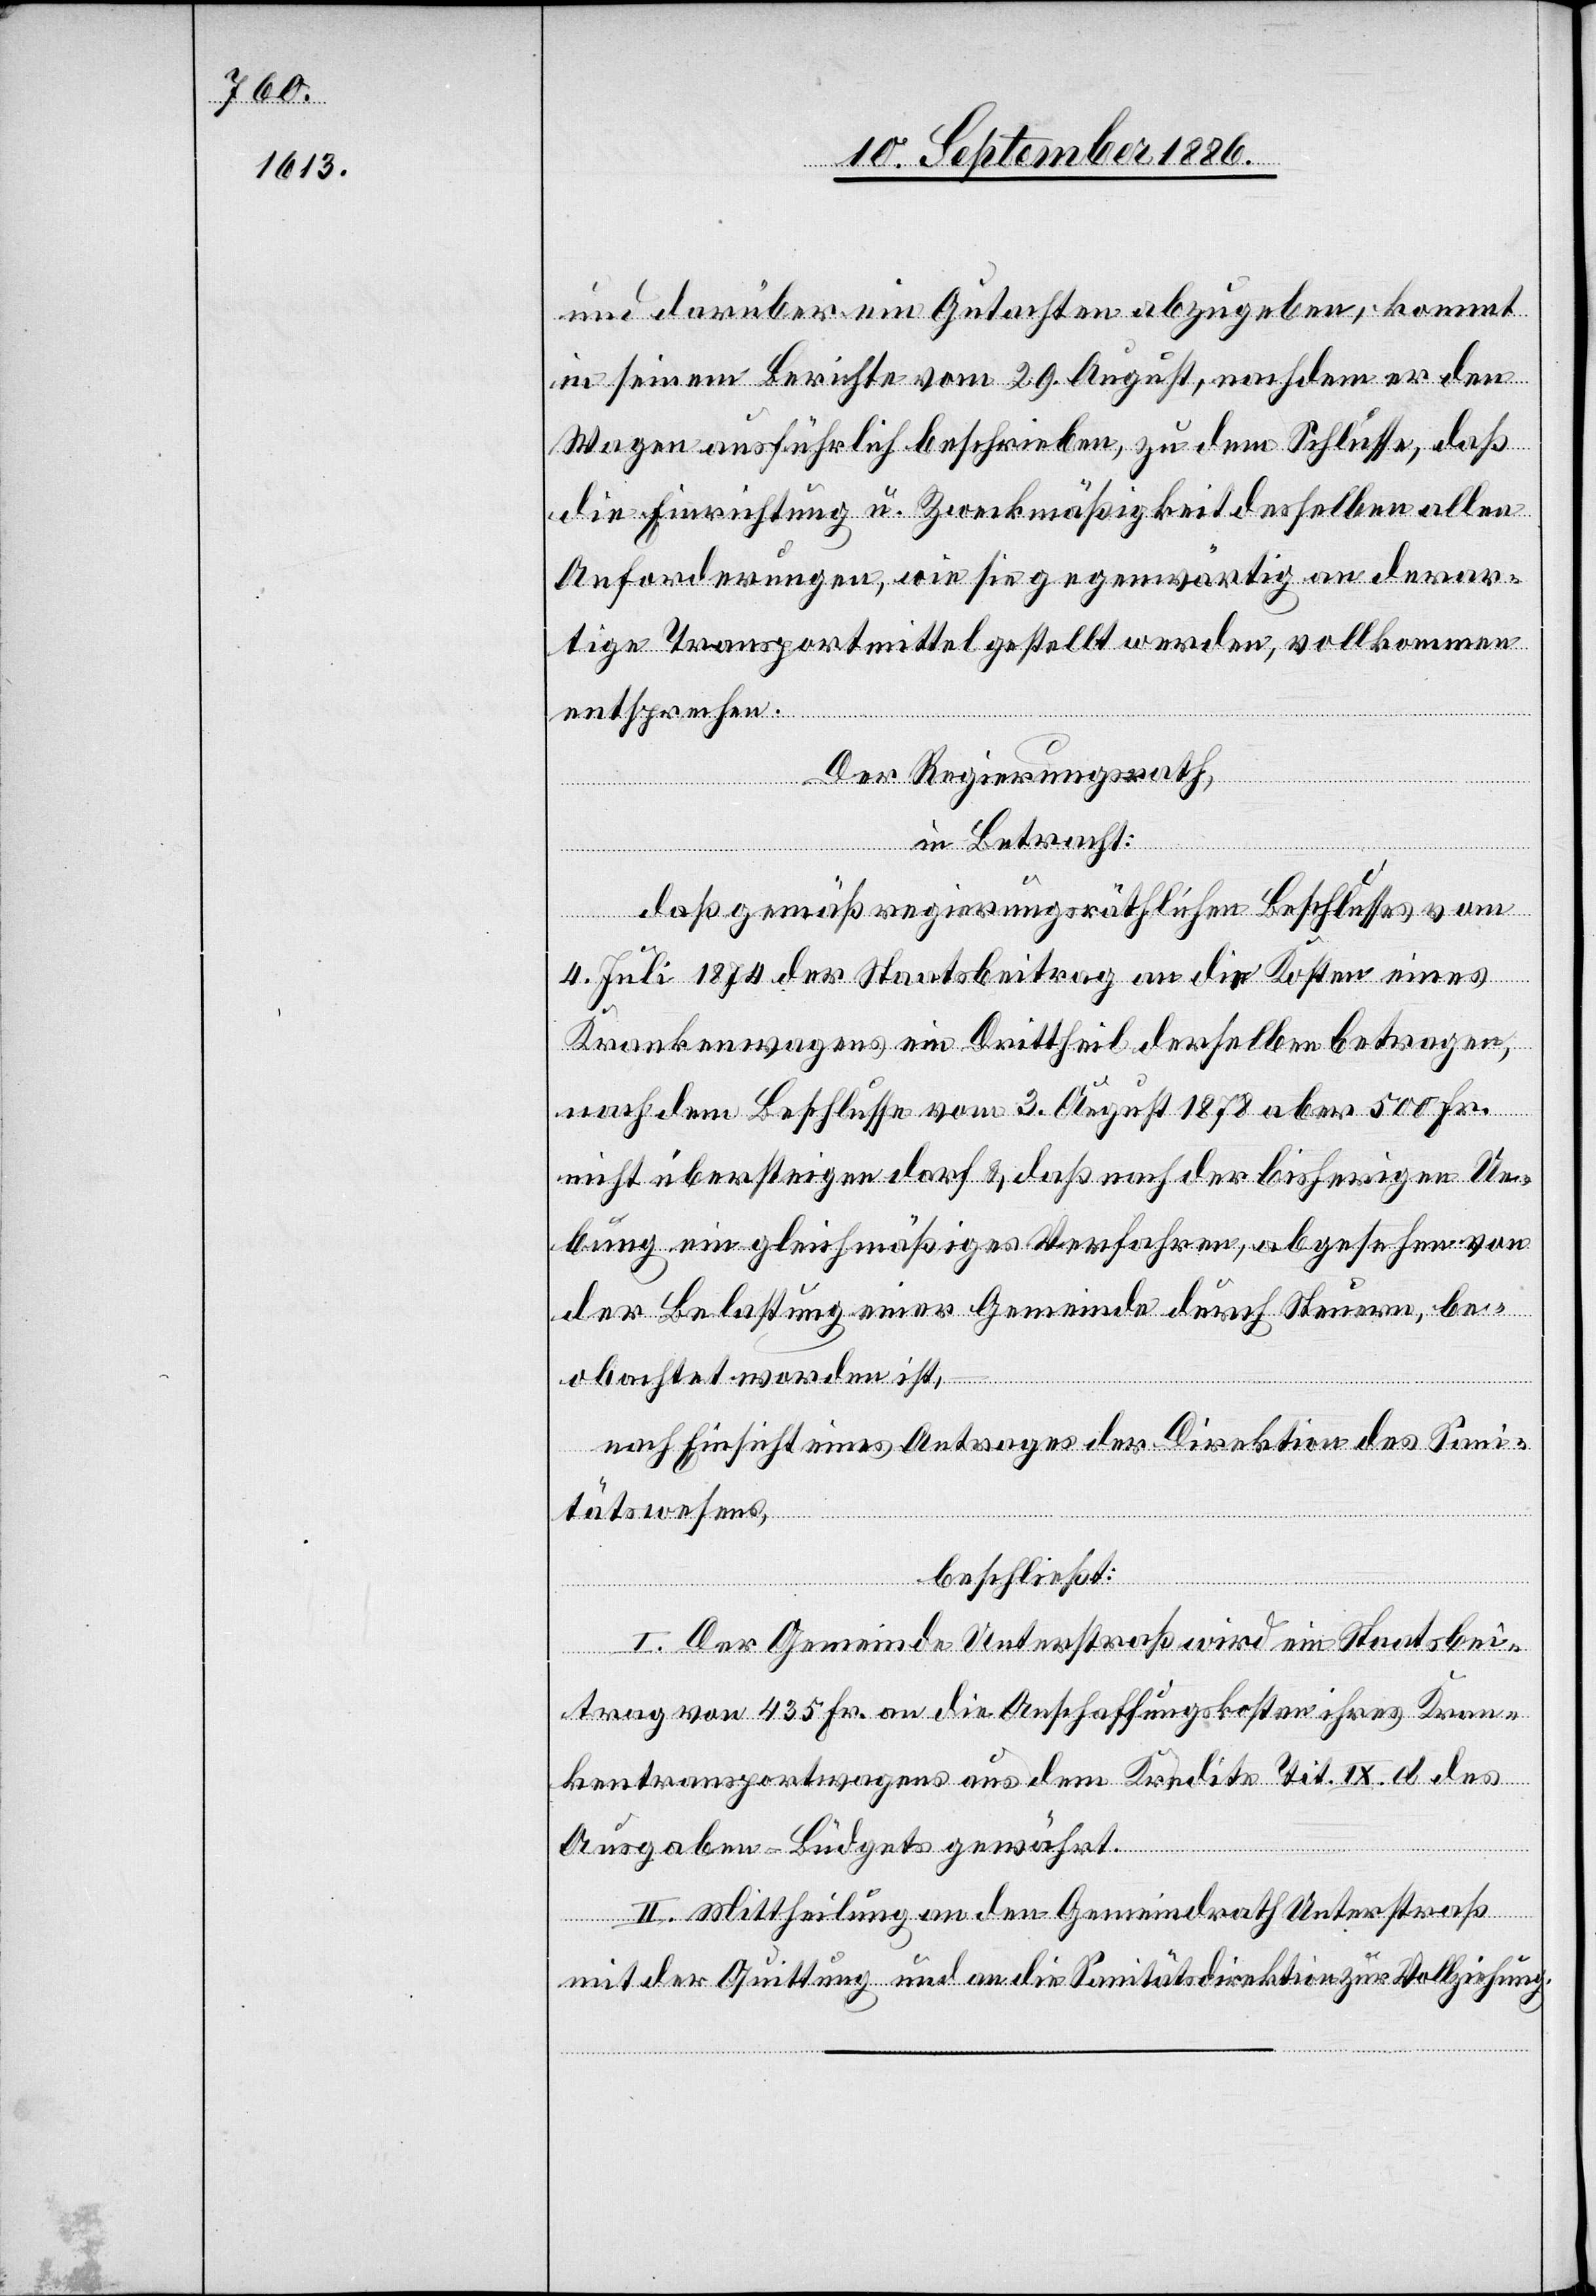
und darüber ein Gutachten abzugeben, kommt
in seinem Berichte vom 29. August, nachdem er den
Wagen ausführlich beschrieben, zu dem Schlusse, daß
die Einrichtung u. Zweckmäßigkeit desselben allen
Anforderungen, wie sie gegenwärtig an derar¬
tige Transportmittel gestellt werden, vollkommen
entspreche.
Der Regierungsrath,
in Betracht:
daß gemäß regierungsräthlichen Beschlusses vom
4. Juli 1874 der Staatsbeitrag an die Kosten eines
Krankenwagens ein Drittheil derselben betragen,
nach dem Beschlusse vom 3. August 1878 aber 500 Fr.
nicht übersteigen darf & daß nach der bisherigen Ue¬
bung ein gleichmäßiges Verfahren, abgesehen von
der Belastung einer Gemeinde durch Steuern, be¬
obachtet worden ist,
nach Einsicht eines Antrages der Direktion des Sani¬
tätswesens,
beschließt:
I. Der Gemeinde Unterstraß wird ein Staatsbei¬
trag von 435 Fr. an die Anschaffungskosten ihres Kran¬
kentransportwagens aus dem Kredite Tit. IX. d des
Ausgaben-Büdgets gewährt.
II. Mittheilung an den Gemeindrath Unterstraß
mit der Quittung und an die Sanitätsdirektion zur Vollziehung.